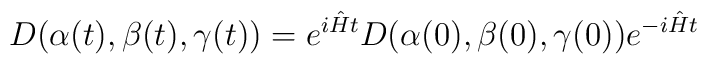
D( \alpha (t), \beta(t),  \gamma (t))= e^{i\hat Ht} D( \alpha (0), \beta(0),  \gamma (0))    e^{-i\hat Ht}